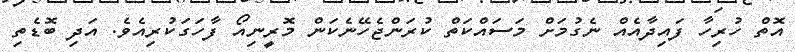
އޮތް ހުރިހާ ފައިދާއެއް ނެގުމަށް މަސައްކަތް ކުރަންޖެހޭނެކަން މޮރީނިއޯ ފާހަގަކުރިއެވެ. އަދި ބޮޑެތި